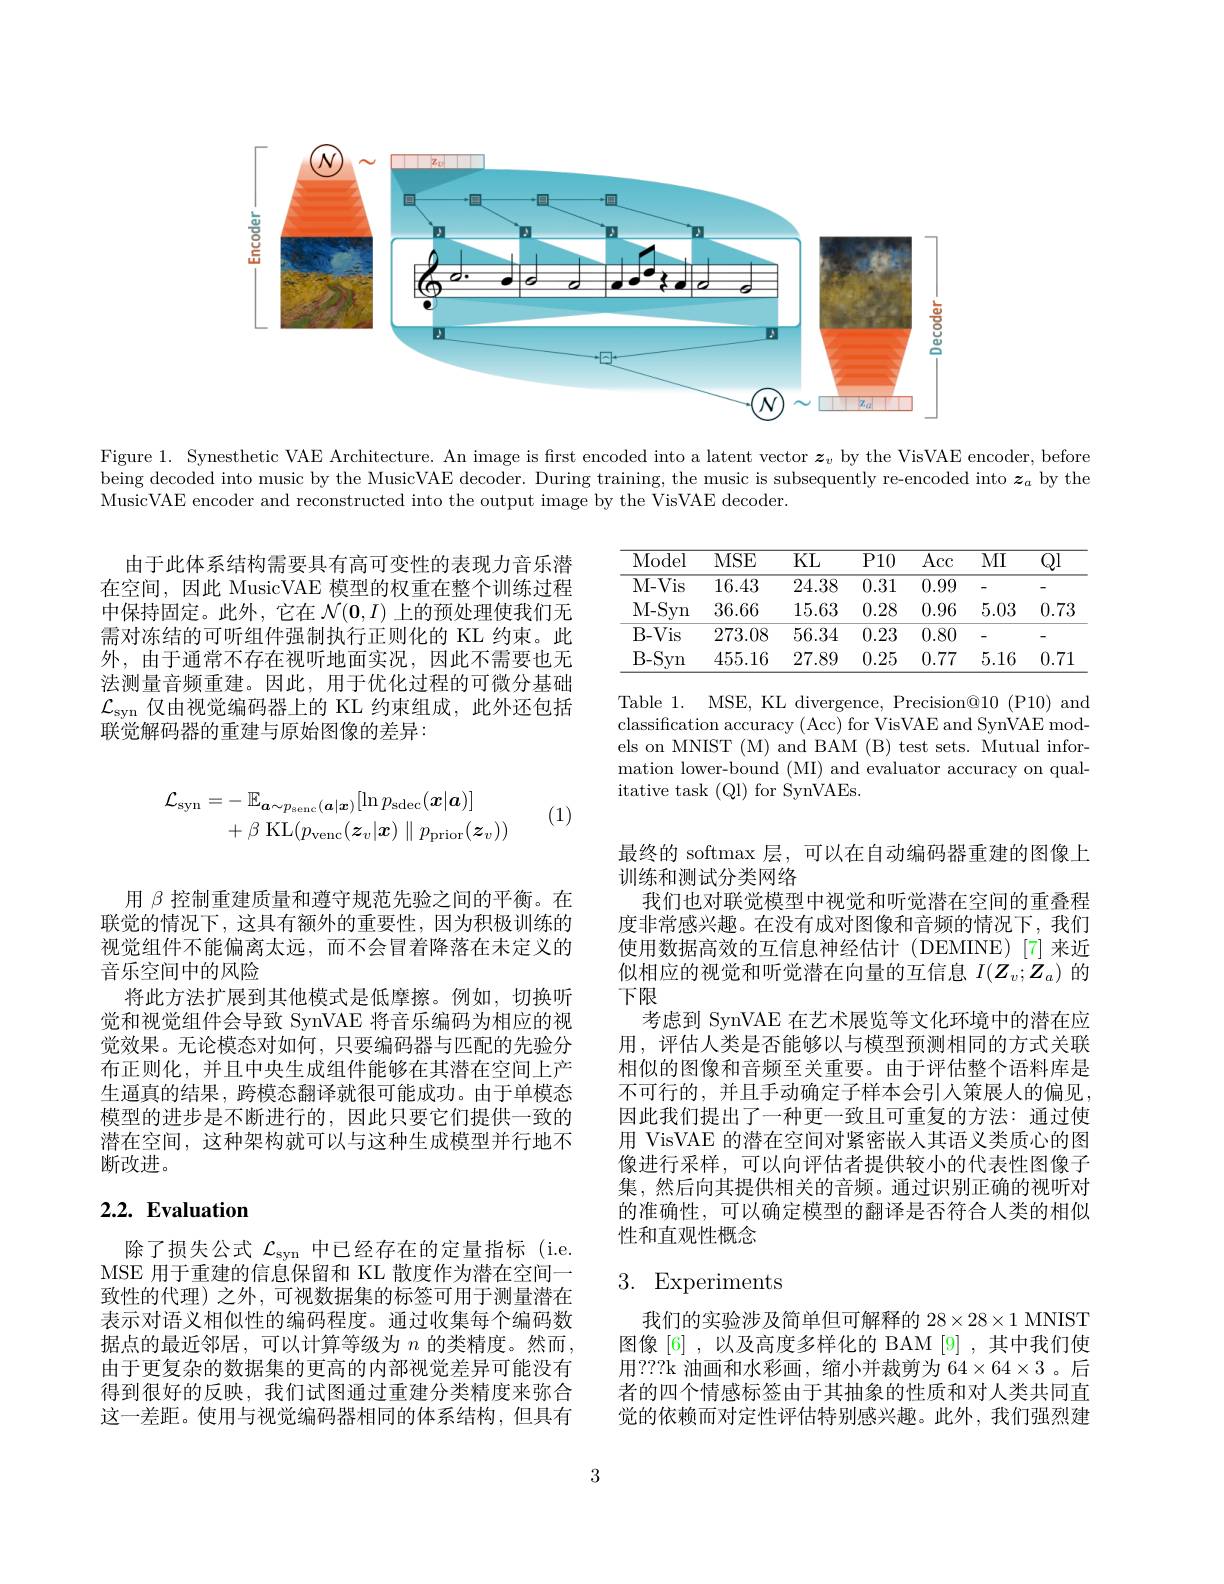
<FigureHere>

Figure 1. Synesthetic VAE Architecture. An image is first encoded into a latent vector $\boldsymbol{z}_\upsilon$ by the VisVAE encoder, before being decoded into music by the MusicVAE decoder. During training, the music is subsequently re-encoded into $\boldsymbol{z}_a$ by the MusicVAE encoder and reconstructed into the output image by the VisVAE decoder.

<table>
	<tbody>
		<tr>
			<th>Model</th>
			<th>MSE</th>
			<th>$\overline{\mathrm{KL}}$</th>
			<th>$\overline{\text{P}10}$</th>
			<th>$\overline{\mathrm{Acc}}$</th>
			<th>$\overline{\mathrm{MI}}$</th>
			<th>$\overline{\mathrm{Ql}}$</th>
		</tr>
		<tr>
			<td>M- Vis</td>
			<td>16.43</td>
			<td>24.38</td>
			<td>0.31</td>
			<td>0.99</td>
			<td> </td>
			<td>-</td>
		</tr>
		<tr>
			<td>M- Syn</td>
			<td>36.66</td>
			<td>15.63</td>
			<td>0.28</td>
			<td>0.96</td>
			<td>5.03</td>
			<td>0.73</td>
		</tr>
		<tr>
			<td>$B-Vis$</td>
			<td>273.08</td>
			<td>56.34</td>
			<td>0.23</td>
			<td>0.80</td>
			<td>-</td>
			<td>-</td>
		</tr>
		<tr>
			<td>$B-Syn$</td>
			<td>455.16</td>
			<td>27.89</td>
			<td>0.25</td>
			<td>0.77</td>
			<td>5.16</td>
			<td>0.71</td>
		</tr>
	</tbody>
</table>

由于此体系结构需要具有高可变性的表现力音乐潜在空间，因此 MusicVAE 模型的权重在整个训练过程中保持固定。此外，它在$\mathcal{N}(\mathbf{0},I)$上的预处理使我们无需对冻结的可听组件强制执行正则化的 KL 约束。此外，由于通常不存在视听地面实况，因此不需要也无法测量音频重建。因此，用于优化过程的可微分基础$\mathcal{L}_\mathrm{syn}$仅由视觉编码器上的 KL 约束组成，此外还包括联觉解码器的重建与原始图像的差异：

Table 1. MSE, KL divergence, Precision@10 (P10) and classification accuracy (Acc) for VisVAE and SynVAE models on MNIST (M) and BAM (B) test sets. Mutual information lower-bound (MI) and evaluator accuracy on qualitative task (Ql) for SynVAEs.
$$\begin{aligned}\mathcal{L}_{\mathrm{syn}}&=-\:\mathbb{E}_{\boldsymbol{a}\sim p_{\mathrm{senc}}(\boldsymbol{a}|\boldsymbol{x})}[\ln p_{\mathrm{sdec}}(\boldsymbol{x}|\boldsymbol{a})]\\&+\beta\:\mathrm{KL}(p_{\mathrm{venc}}(\boldsymbol{z}_{v}|\boldsymbol{x})\parallel p_{\mathrm{prior}}(\boldsymbol{z}_{v}))\end{aligned}$$
(1)

用$\beta$控制重建质量和遵守规范先验之间的平衡。在联觉的情况下，这具有额外的重要性，因为积极训练的视觉组件不能偏离太远，而不会冒着降落在未定义的音乐空间中的风险
将此方法扩展到其他模式是低摩擦。例如，切换听觉和视觉组件会导致 SynVAE 将音乐编码为相应的视觉效果。无论模态对如何，只要编码器与匹配的先验分布正则化，并且中央生成组件能够在其潜在空间上产生逼真的结果，跨模态翻译就很可能成功。由于单模态模型的进步是不断进行的，因此只要它们提供一致的潜在空间，这种架构就可以与这种生成模型并行地不断改进。

最终的 softmax 层，可以在自动编码器重建的图像上
训练和测试分类网络
我们也对联觉模型中视觉和听觉潜在空间的重叠程度非常感兴趣。在没有成对图像和音频的情况下，我们使用数据高效的互信息神经估计(DEMINE)[7]来近似相应的视觉和听觉潜在向量的互信息$I(Z_v;Z_a)$的下限
考虑到 SynVAE 在艺术展览等文化环境中的潜在应用，评估人类是否能够以与模型预测相同的方式关联相似的图像和音频至关重要。由于评估整个语料库是不可行的，并且手动确定子样本会引入策展人的偏见， 因此我们提出了一种更一致且可重复的方法：通过使用 VisVAE 的潜在空间对紧密嵌入其语义类质心的图像进行采样，可以向评估者提供较小的代表性图像子集，然后向其提供相关的音频。通过识别正确的视听对的准确性，可以确定模型的翻译是否符合人类的相似性和直观性概念

# $2. 2. \textbf{ Evaluation}$

# 3. Experiments

除了损失公式$\mathcal{L}_\mathrm{syn}$中已经存在的定量指标 (i.e. MSE 用于重建的信息保留和 KL 散度作为潜在空间一致性的代理)之外，可视数据集的标签可用于测量潜在表示对语义相似性的编码程度。通过收集每个编码数据点的最近邻居，可以计算等级为 $n$ 的类精度。然而， 由于更复杂的数据集的更高的内部视觉差异可能没有得到很好的反映，我们试图通过重建分类精度来弥合这一差距。使用与视觉编码器相同的体系结构，但具有

我们的实验涉及简单但可解释的$28\times28\times1$ MNIST 图像[6] ,以及高度多样化的 BAM [9] ,其中我们使用？??k 油画和水彩画，缩小并裁剪为 64$\times64\times3$ 。后者的四个情感标签由于其抽象的性质和对人类共同直觉的依赖而对定性评估特别感兴趣。此外，我们强烈建

3